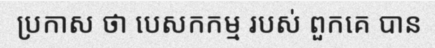
ប្រកាស ថា បេសកកម្ម របស់ ពួកគេ បាន